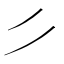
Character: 𰀪